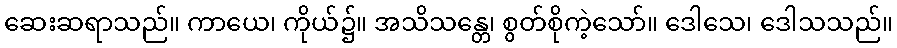
ဆေးဆရာသည်။ ကာယေ၊ ကိုယ်၌။ အသိသန္တေ၊ စွတ်စိုကဲ့သော်။ ဒေါသေ၊ ဒေါသသည်။